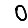
Digit: 0